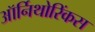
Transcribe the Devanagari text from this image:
ऑर्निथोरिंकस